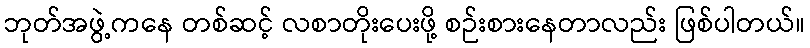
ဘုတ်အဖွဲ့ကနေ တစ်ဆင့် လစာတိုးပေးဖို့ စဉ်းစားနေတာလည်း ဖြစ်ပါတယ်။